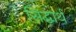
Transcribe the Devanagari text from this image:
सिद्धार्थ